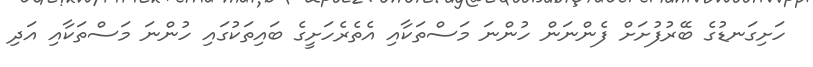
ހަށިގަނޑުގެ ބޭރުފުށަށް ފެންނަން ހުންނަ މަސްތަކާއި އެތެރެހަށީގެ ބައިތަކުގައި ހުންނަ މަސްތަކާއި އަދި